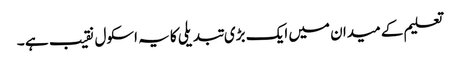
تعلیم کے میدان میں ایک بڑی تبدیلی کا یہ اسکول نقیب ہے ۔